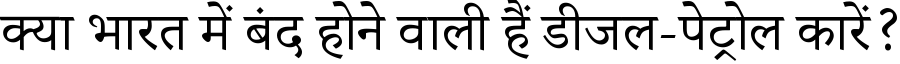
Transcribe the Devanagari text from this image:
क्या भारत में बंद होने वाली हैं डीजल-पेट्रोल कारें?